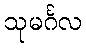
သုမင်္ဂလ